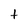
Character: t